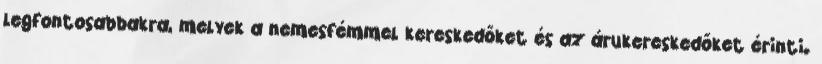
legfontosabbakra, melyek a nemesfémmel kereskedőket és az árukereskedőket érinti.